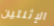
الإثنتين